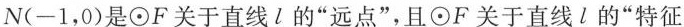
N(-1，0)是⊙F关于直线l的”远点”，且⊙F关于直线l的”特征